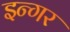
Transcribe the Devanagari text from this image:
इन्गर